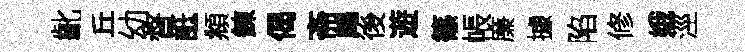
齔丘幼督詆頫鍊偈斋鷓後遊篠帳廉據陷修娥涇